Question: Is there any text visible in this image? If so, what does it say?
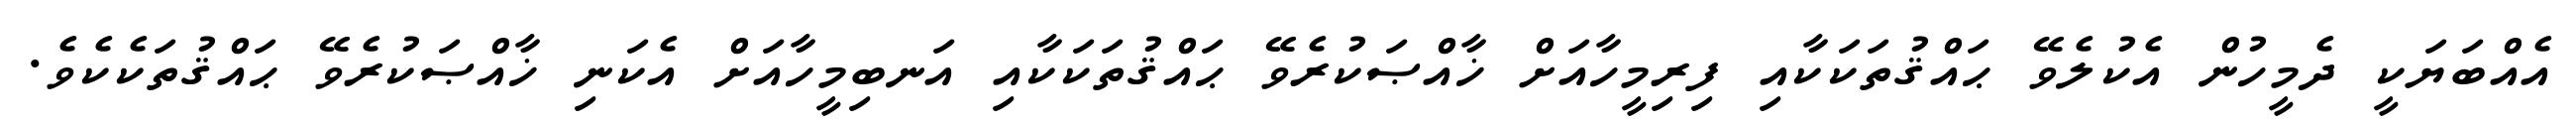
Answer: އެއްބަޔަކީ ދެމީހުން އެކުލެވޭ ޙައްޤުތަކަކާއި ފިރިމީހާއަށް ޚާއްޞަކުރެވޭ ޙައްޤުތަކަކާއި އަނބިމީހާއަށް އެކަނި ޚާއްޞަކުރެވޭ ޙައްޤުތަކެކެވެ.